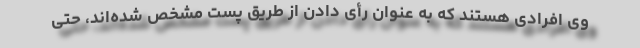
وی افرادی هستند که به عنوان رأی دادن از طریق پست مشخص شده‌اند، حتی